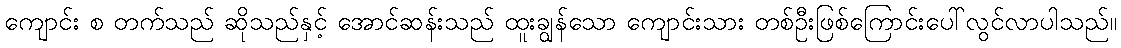
ကျောင်း စ တက်သည် ဆိုသည်နှင့် အောင်ဆန်းသည် ထူးချွန်သော ကျောင်းသား တစ်ဦးဖြစ်ကြောင်းပေါ်လွင်လာပါသည်။